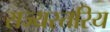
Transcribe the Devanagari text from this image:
राज्यस्तरिय